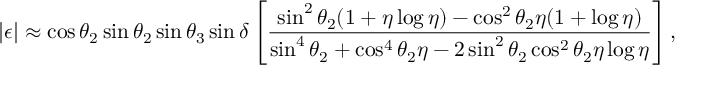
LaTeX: | \epsilon | \approx \cos \theta _ { 2 } \sin \theta _ { 2 } \sin \theta _ { 3 } \sin \delta \left[ { \frac { \sin ^ { 2 } \theta _ { 2 } ( 1 + \eta \log \eta ) - \cos ^ { 2 } \theta _ { 2 } \eta ( 1 + \log \eta ) } { \sin ^ { 4 } \theta _ { 2 } + \cos ^ { 4 } \theta _ { 2 } \eta - 2 \sin ^ { 2 } \theta _ { 2 } \cos ^ { 2 } \theta _ { 2 } \eta \log \eta } } \right] ,